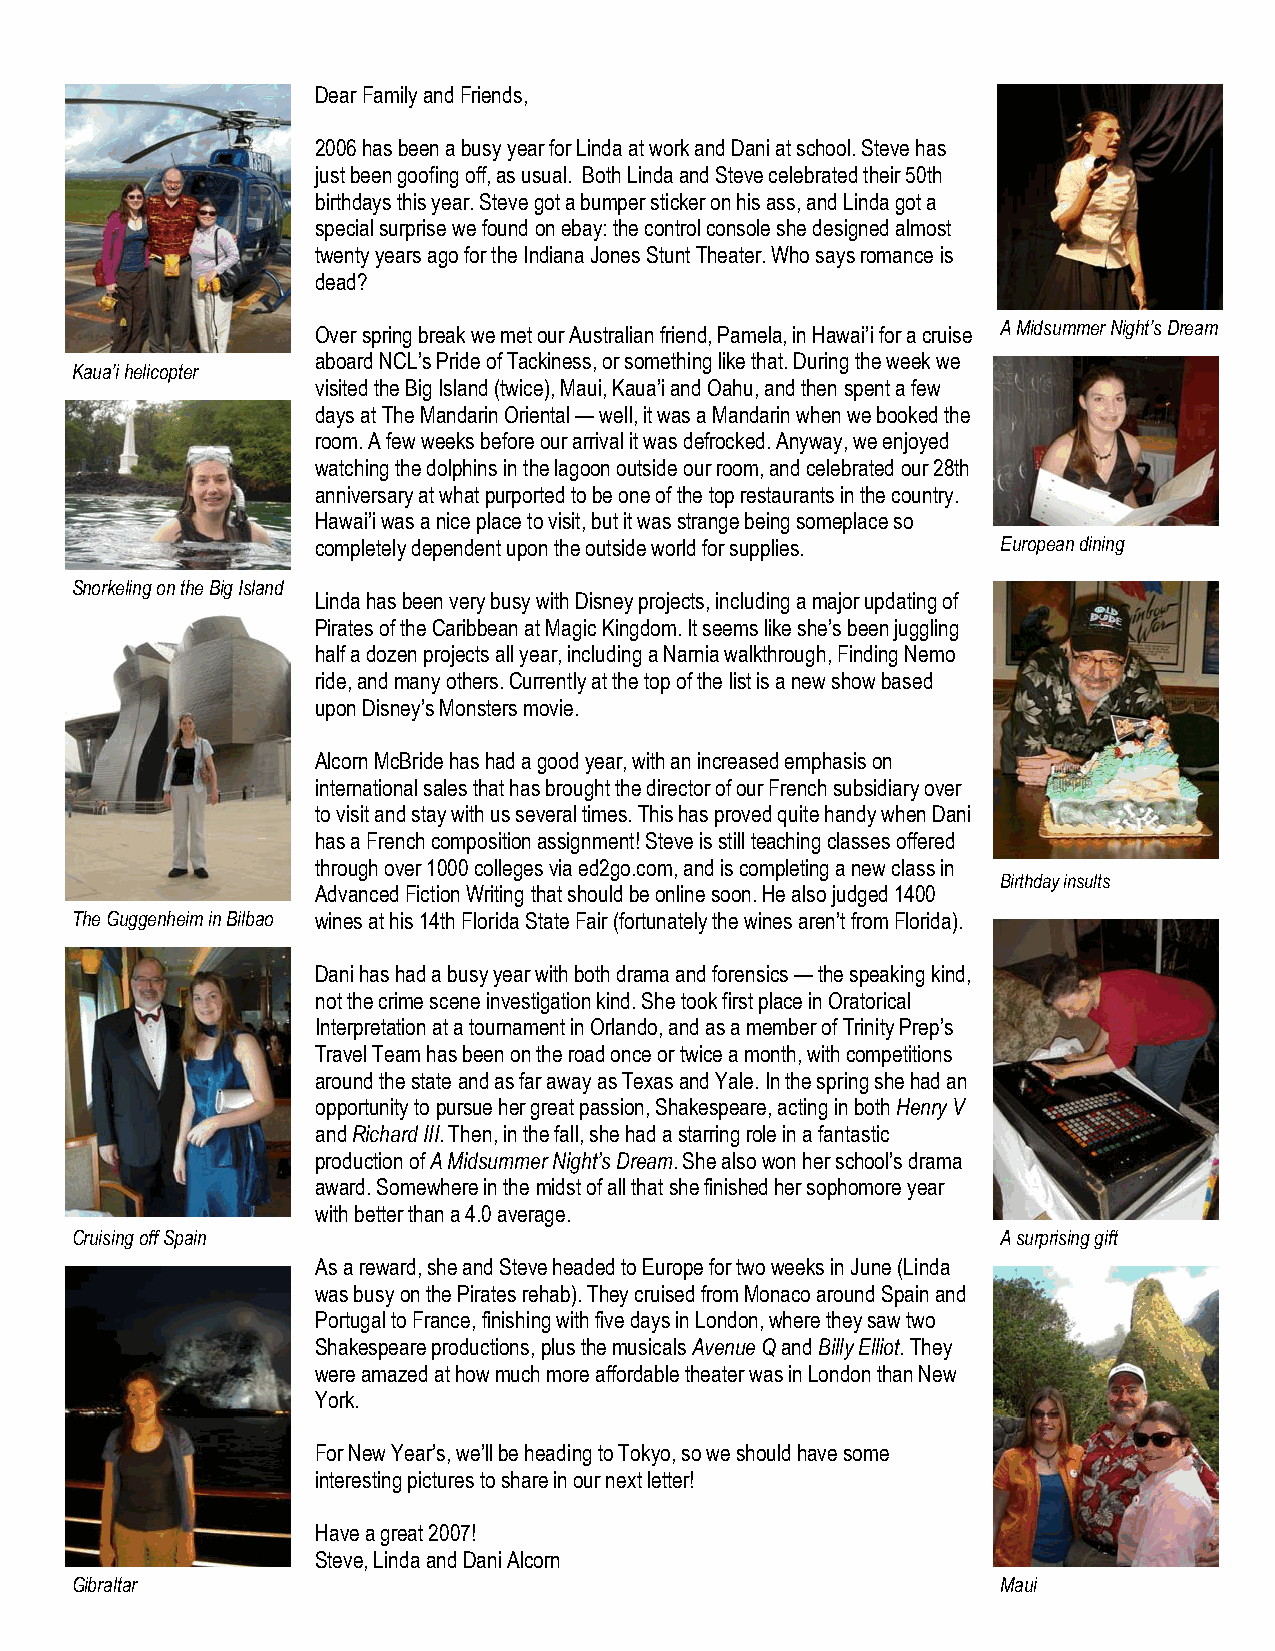
Dear Family and Friends,
 2006 has been a busy year for Linda at work and Dani at school. Steve has
 just been goofing off, as usual. Both Linda and Steve celebrated their 50th
 birthdays this year. Steve got a bumper sticker on his ass, and Linda got a
 special surprise we found on ebay: the control console she designed almost
 twenty years ago for the Indiana Jones Stunt Theater. Who says romance is
 dead?
 Over spring break we met our Australian friend, Pamela, in Hawai’i for a cruise A Midsummer Night’s Dream
 aboard NCL’s Pride of Tackiness, or something like that. During the week we
 Kaua’i helicopter
 visited the Big Island (twice), Maui, Kaua’i and Oahu, and then spent a few
 days at The Mandarin Oriental — well, it was a Mandarin when we booked the
 room. A few weeks before our arrival it was defrocked. Anyway, we enjoyed
 watching the dolphins in the lagoon outside our room, and celebrated our 28th
 anniversary at what purported to be one of the top restaurants in the country.
 Hawai’i was a nice place to visit, but it was strange being someplace so
 completely dependent upon the outside world for supplies. European dining
 Snorkeling on the Big Island
 Linda has been very busy with Disney projects, including a major updating of
 Pirates of the Caribbean at Magic Kingdom. It seems like she’s been juggling
 half a dozen projects all year, including a Narnia walkthrough, Finding Nemo
 ride, and many others. Currently at the top of the list is a new show based
 upon Disney’s Monsters movie.
 Alcorn McBride has had a good year, with an increased emphasis on
 international sales that has brought the director of our French subsidiary over
 to visit and stay with us several times. This has proved quite handy when Dani
 has a French composition assignment! Steve is still teaching classes offered
 through over 1000 colleges via ed2go.com, and is completing a new class in
 Birthday insults
 Advanced Fiction Writing that should be online soon. He also judged 1400
 The Guggenheim in Bilbao wines at his 14th Florida State Fair (fortunately the wines aren’t from Florida).
 Dani has had a busy year with both drama and forensics — the speaking kind,
 not the crime scene investigation kind. She took first place in Oratorical
 Interpretation at a tournament in Orlando, and as a member of Trinity Prep’s
 Travel Team has been on the road once or twice a month, with competitions
 around the state and as far away as Texas and Yale. In the spring she had an
 opportunity to pursue her great passion, Shakespeare, acting in both Henry V
 and Richard III. Then, in the fall, she had a starring role in a fantastic
 production of A Midsummer Night’s Dream. She also won her school’s drama
 award. Somewhere in the midst of all that she finished her sophomore year
 with better than a 4.0 average.
 Cruising off Spain                                           A surprising gift
 As a reward, she and Steve headed to Europe for two weeks in June (Linda
 was busy on the Pirates rehab). They cruised from Monaco around Spain and
 Portugal to France, finishing with five days in London, where they saw two
 Shakespeare productions, plus the musicals Avenue Q and Billy Elliot. They
 were amazed at how much more affordable theater was in London than New
 York.
 For New Year’s, we’ll be heading to Tokyo, so we should have some
 interesting pictures to share in our next letter!
 Have a great 2007!
 Steve, Linda and Dani Alcorn
 Gibraltar                                                    Maui